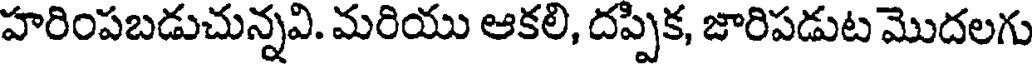
హరింపబడుచున్నవి. మరియు ఆకలి, దప్పిక, జారిపడుట మొదలగు